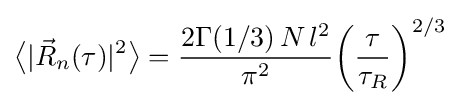
{\bigl \langle }|{\vec {R}}_{n}(\tau )|^{2}{\bigr \rangle }={\frac {2\Gamma (1/3)\,N\,l^{2}}{\pi ^{2}}}\!\left({\frac {\tau }{\tau _{R}}}\right)^{2/3}